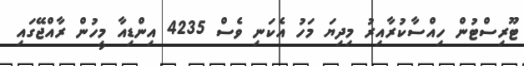
ޓޫރިސްޓުން ހިއްސާކުރާއިރު މިދިޔަ މަހު އެކަނި ވެސް 4235 އިންޑިއާ މީހުން ރާއްޖޭގައި